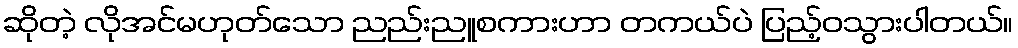
ဆိုတဲ့ လိုအင်မဟုတ်သော ညည်းညူစကားဟာ တကယ်ပဲ ပြည့်ဝသွားပါတယ်။